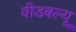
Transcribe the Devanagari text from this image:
वीडबल्यू